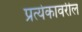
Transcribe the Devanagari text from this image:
प्रत्येकावरील